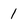
Character: 1